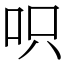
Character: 呮